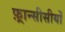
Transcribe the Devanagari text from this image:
फ़्रान्सीसीयों